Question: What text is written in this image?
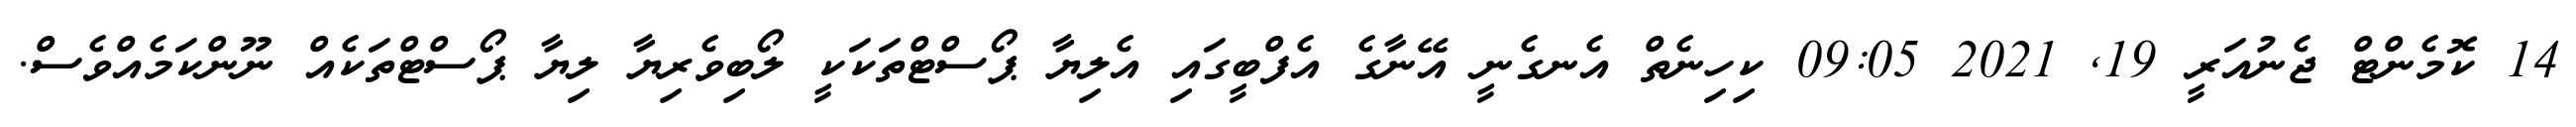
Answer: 14 ކޮމެންޓް ޖެނުއަރީ 19, 2021 09:05 ކިހިނެތް އެނގެނީ އޭނާގެ އެފްބީގައި އެލިޔާ ޕޯސްޓްތަކަކީ ލޯބިވެރިޔާ ލިޔާ ޕޯސްޓްތަކެއް ނޫންކަމެއްވެސް.